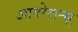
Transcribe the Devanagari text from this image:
आपरेशन्स्